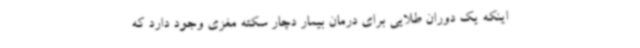
اینکه یک دوران طلایی برای درمان بیمار دچار سکته مغزی وجود دارد که